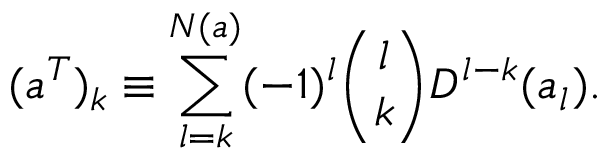
( a ^ { T } ) _ { k } \equiv \sum _ { l = k } ^ { N ( a ) } ( - 1 ) ^ { l } { \binom { l } { k } } D ^ { l - k } ( a _ { l } ) .